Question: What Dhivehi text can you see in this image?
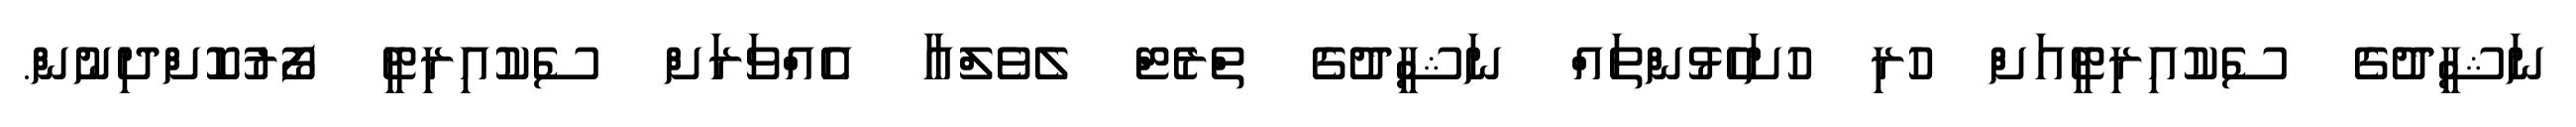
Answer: ނަޝީދުގެ ސެކުއިރިޓީއަށް ހުރި ހުށަހެޅުންތައް ނަޝީދުގެ ތްރެޓް ލެވެލްއާ އެއްވަރަށް ސެކުއިރިޓީ ފޯރުކޮށްދިނުން.